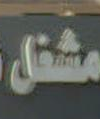
مشغل